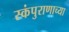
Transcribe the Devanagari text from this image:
स्कंपुराणाच्या